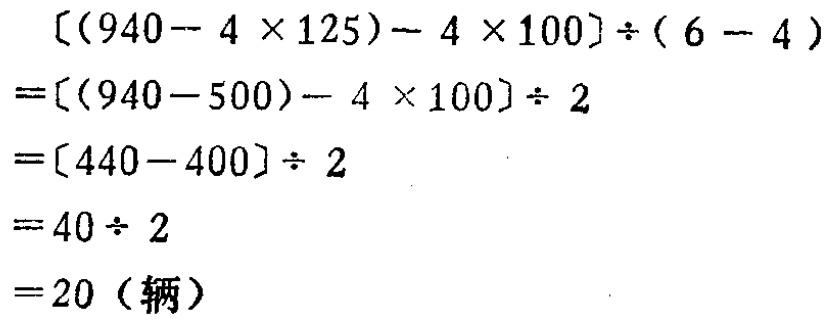
\[

\begin{align*}

&[(940 - 4\times125)-4\times100]\div(6 - 4)\\

=&[(940 - 500)-4\times100]\div2\\

=&[440 - 400]\div2\\

=&40\div2\\

=&20 (\text{辆})

\end{align*}

\]